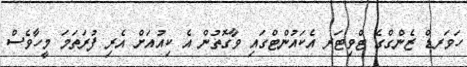
ހަވަރޑް ޒެންގްގެ ޓްވިޓަރ އެކައުންޓްގައި ވާގޮތުން އެ ކިއުއަށް އެރި ފުރަތަމަ މީހާވެސް